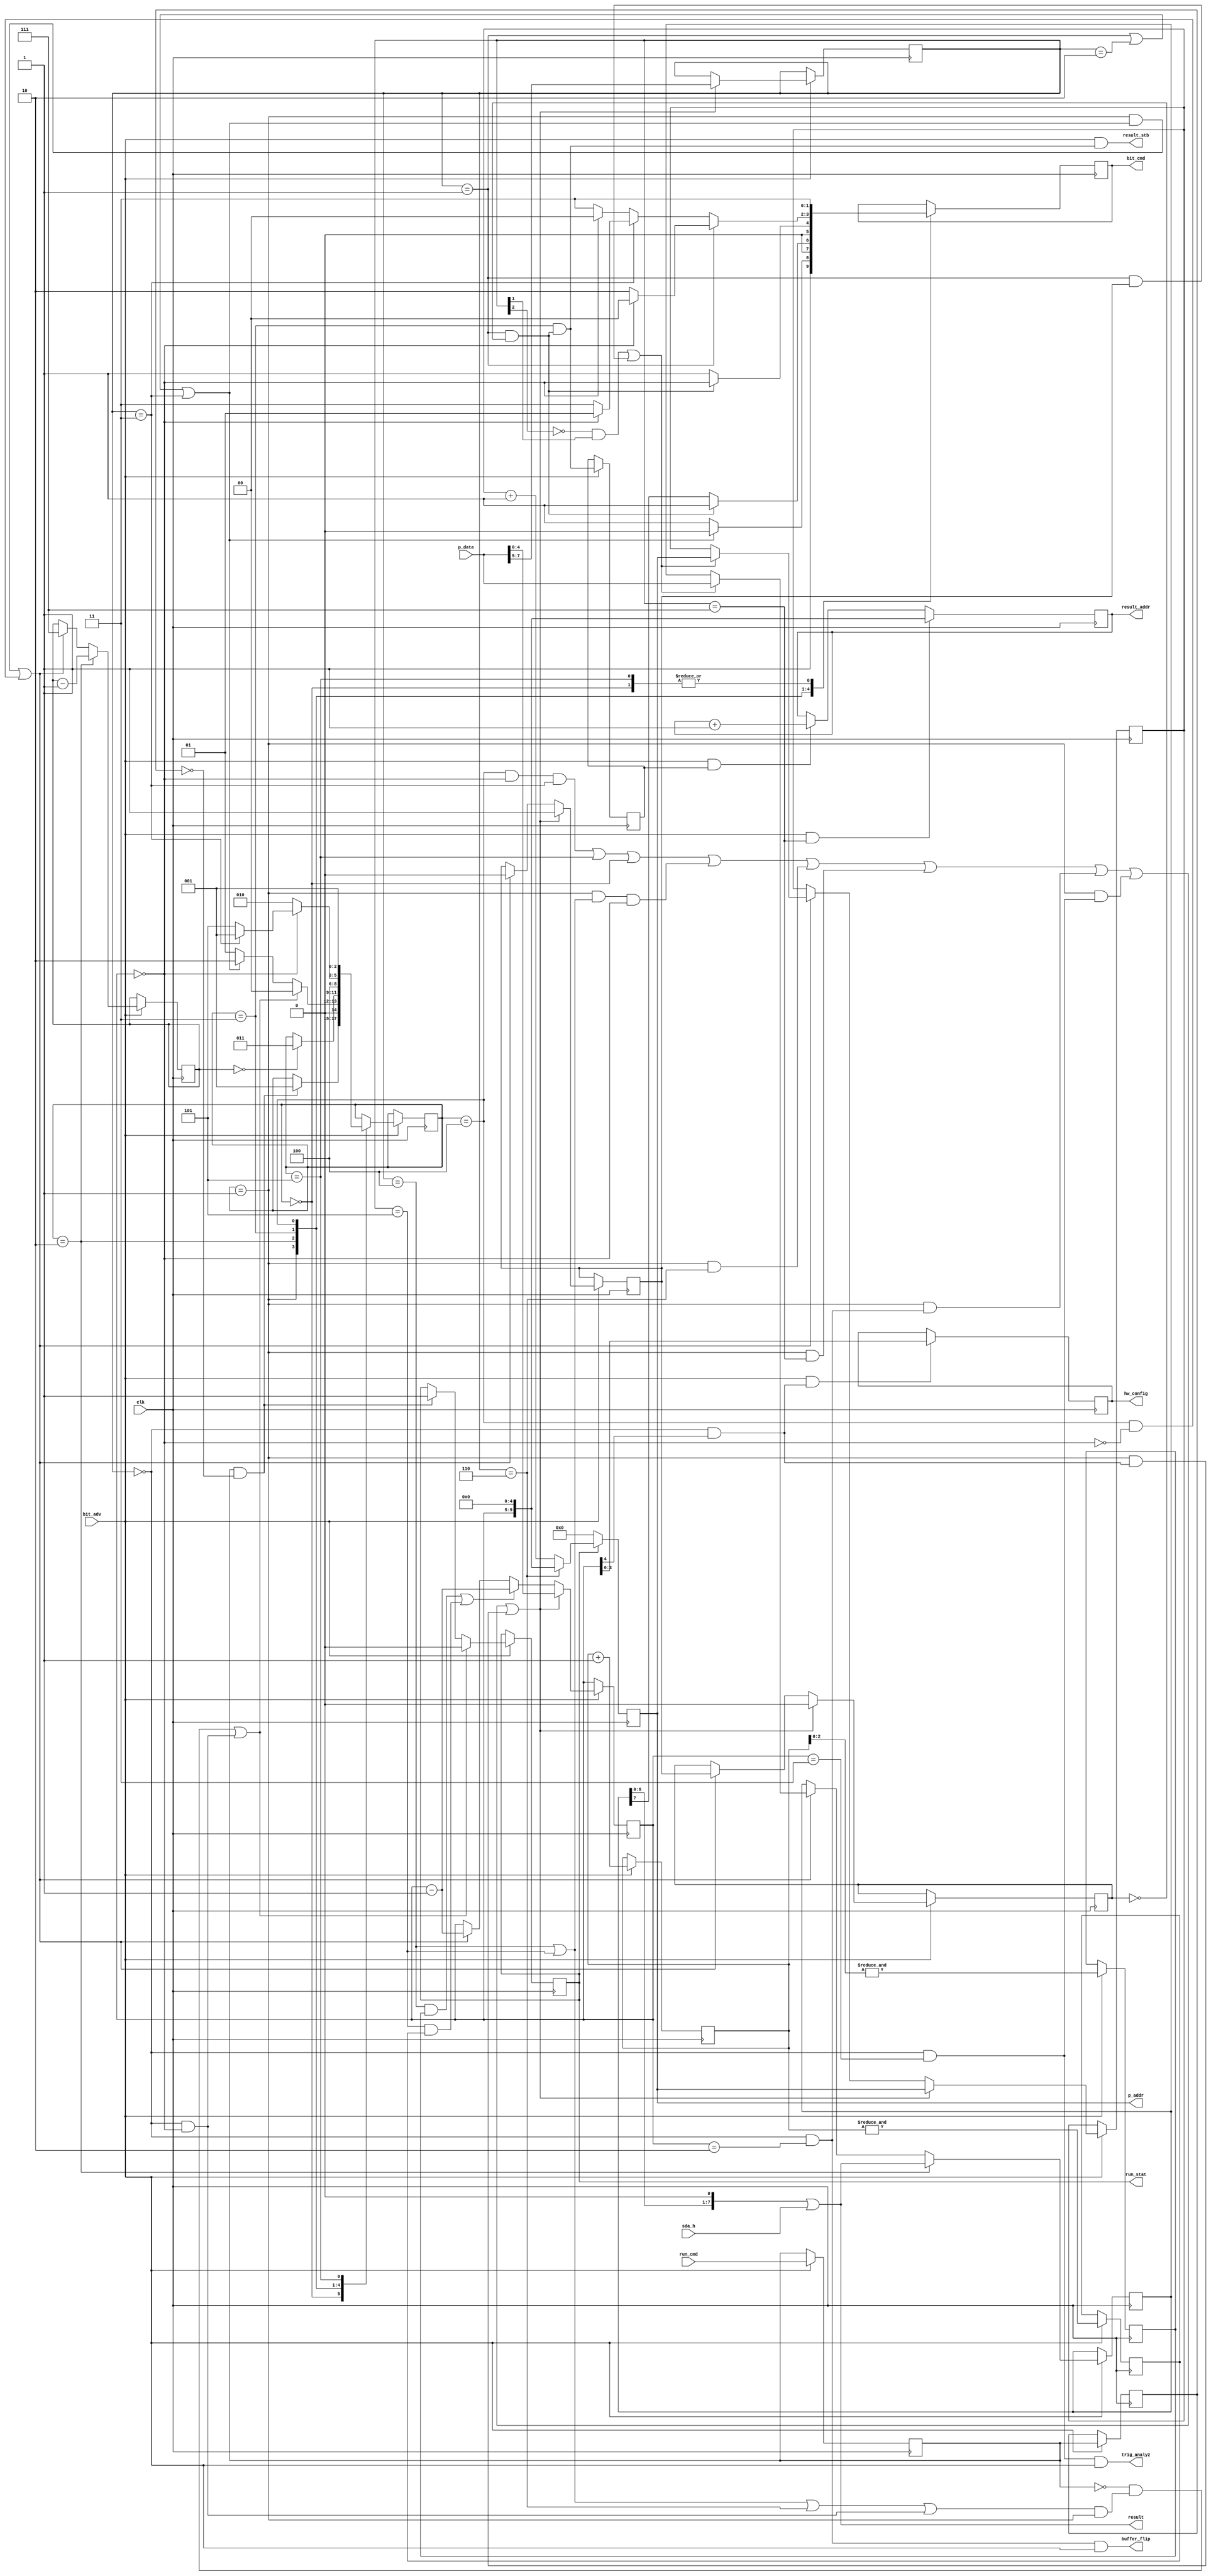
module i2c_prog(
	input clk,
	// attachment to i2c_bit
	output [1:0] bit_cmd,
	input bit_adv,
	input sda_h,
	// attachment to program memory
	output [9:0] p_addr,
	input [7:0] p_data,
	// Result port
	output [7:0] result,
	output [9:0] result_addr,
	output result_stb,
	// other control and status
	input run_cmd,
	output run_stat,
	output [3:0] hw_config,
	output buffer_flip,
	output trig_analyz
);

parameter q1 = 2;  // o_p1 ticks are 2^(q1+1) * bit_adv
parameter q2 = 7;  // o_p2 ticks are 2^(q2+1) * bit_adv

// Most fundamental state bit: are we running or not?
reg run_stat_r=0, run_cmd_d1=0, run_cmd_d2=0;
wire start_me_up = run_cmd_d1 & ~run_cmd_d2;
wire ok_to_stop, natural_stop;  // defined later
wire stop_now = ~run_cmd_d1 & ok_to_stop | natural_stop;
always @(posedge clk) if (bit_adv) begin
	run_cmd_d1 <= run_cmd;  // remove all doubt about clock domains
	run_cmd_d2 <= run_cmd_d1;
	if (start_me_up) run_stat_r <= 1;
	if (stop_now) run_stat_r <= 0;
end
assign run_stat = run_stat_r;

// State variable
reg [2:0] state=0;
localparam s_idle  = 0;
localparam s_start = 1;  // start bit for data transfer instructions, idle for others
localparam s_data  = 2;
localparam s_ack   = 3;
localparam s_pad   = 4;
localparam s_stop  = 5;

// Opcode and encoding
reg [2:0] opcode=0;
reg [4:0] stream_cnt=0;
wire o_oo = opcode==0;  // special functions, including sleep
wire o_rd = opcode==1;  // read
wire o_wr = opcode==2;  // write
wire o_wx = opcode==3;  // write followed by repeated start
wire o_p1 = opcode==4;  // pause (time quantum 1)
wire o_p2 = opcode==5;  // pause (time quantum 2)
wire o_jp = opcode==6;  // jump
wire o_sx = opcode==7;  // set result address

wire op_r = opcode==1;
wire op_w = ~opcode[2] & opcode[1];
wire op_xf = o_rd | o_wr | o_wx;
wire op_pw = o_p1 | o_p2;  // any pause command
wire op_zz = o_oo & (stream_cnt==0);  // sleep
wire op_bf = o_oo & (stream_cnt==2);  // buffer flip
wire op_ta = o_oo & (stream_cnt==3);  // trigger logic analyzer
wire op_hw = o_oo & (stream_cnt[4]);  // hardware config
wire op_ia = op_pw | o_jp | op_zz;  // any interrupt-able command

// Base state machine
wire bit_end, stream_end;
always @(posedge clk) if (bit_adv) case(state)
	s_idle:  if (start_me_up) state <= s_start;
	s_start: state <= stop_now ? s_idle : op_xf ? s_data : s_start;
	s_data:  if (bit_end) state <= s_ack;
	s_ack:   state <= s_pad;
	s_pad:   if (stream_end) state <= o_wx ? s_start : s_stop; else state <= s_data;
	s_stop:  state <= s_start;
endcase
//
assign ok_to_stop = op_ia & (state==s_start);
//assign natural_stop = op_zz & (state==s_idle);
//assign natural_stop = op_zz & next_op;
assign natural_stop = op_zz;


// Manipulate secondary state, notably bit_cnt, opcode, and stream_cnt
reg [2:0] bit_cnt=0;
assign bit_end = bit_cnt == 0;
assign stream_end = stream_cnt == 0;
reg stream0=0, stream1=0;
wire rd_cycle = o_rd & ~stream1;
wire wr_cycle = op_w | (o_rd & stream1);  // during data transfers
wire wr_cycle0 = op_w | (o_rd & stream0);  // during initial start pulse
reg [9:0] pc=0;  // program counter
reg [7:0] sr=0;  // data shift register
wire next_data =
	((state==s_start) & op_xf) |
	((state==s_pad) & ~stream_end);
wire next_op =
	((state==s_pad) &  stream_end & o_wx) |
	((state==s_stop)) |
	((state==s_idle)) |
	((state==s_start) & op_pw & stream_end) |
	((state==s_start) & o_jp) |
	((state==s_start) & o_sx) |
	((state==s_start) & op_bf) |
	((state==s_start) & op_ta) |
	((state==s_start) & op_hw);
wire [7:0] next_sr = (sr << 1) | sda_h;
reg [7:0] pause_cnt=0;
reg [9:0] next_pc=0;
reg pause1_tick=0, pause2_tick=0;
always @(posedge clk) if (bit_adv) begin
	pause_cnt <= pause_cnt+1;  // free-running
	pause1_tick <= &pause_cnt[q1:0];
	pause2_tick <= &pause_cnt[q2:0];
	if (next_data) begin
		bit_cnt <= 7;
		stream_cnt <= stream_cnt - 1;
		stream0 <= 0;
		stream1 <= stream0;
		if (wr_cycle0) begin
			sr <= p_data;
			pc <= next_pc;
		end
	end
	//if ((state==s_data) & ~bit_end) begin
	if (state==s_data) begin
		sr <= next_sr;
		bit_cnt <= bit_cnt - 1;
	end
	if (o_p1 & pause1_tick | o_p2 & pause2_tick) begin
		stream_cnt <= stream_cnt - 1;
	end
	if (next_op) begin
		opcode <= p_data[7:5];
		stream_cnt <= p_data[4:0];
		stream0 <= 1;
		stream1 <= 0;
		pc <= next_pc;
	end
end

// Special cases
reg [9:0] result_addr_r=0;
reg [3:0] hw_config_r=0;
reg result_incr_pend=0;
wire result_incr_sel = (state==s_ack) & rd_cycle;
always @(posedge clk) begin
	next_pc <= ~run_stat_r ? 10'b0 : o_jp ? {stream_cnt, 5'b0} : pc + 1;
	if (bit_adv) result_incr_pend <= result_incr_sel;
	if (bit_adv & result_incr_pend) result_addr_r <= result_addr + 1;
	if (bit_adv & o_sx) result_addr_r <= {stream_cnt, 5'b0};
	if (bit_adv & op_hw) hw_config_r <= stream_cnt[3:0];
end

// Decoder; see i2c_bit.v
//  bit_cmd semantics    0: Tx0   1: Tx1   2: L   3: H
wire data_bit = rd_cycle ? 1'b1 : sr[7];
wire ack_bit = rd_cycle ? stream_end : 1'b1;
wire [1:0] pad_wr = stream_end ? 2'b00 : 2'b11;
wire [1:0] pad_wx = stream_end ? 2'b01 : 2'b11;
wire [1:0] pad_rd = stream_end ? 2'b00 : 2'b10;
reg [1:0] bc;
always @(posedge clk) case(state)
	s_idle:  bc <= 2'b11;  // H
	s_start: bc <= op_xf ? 2'b10 : 2'b11;  // L or H
	s_data:  bc <= {1'b0, data_bit};
	s_ack:   bc <= {1'b0, ack_bit};
	s_pad:   bc <= o_rd ? pad_rd : o_wx ? pad_wx : pad_wr;
	s_stop:  bc <= 2'b11;  // H
endcase

assign p_addr = next_pc;
assign bit_cmd = bc;
assign result_stb = bit_adv & result_incr_sel;
assign result = next_sr;  // result_stb ? next_sr : 8'bx;
assign result_addr = result_addr_r;
assign buffer_flip = op_bf & bit_adv;
assign trig_analyz = op_ta & bit_adv;
assign hw_config = hw_config_r;

// Future additions?
//  Raw send (4)
//  Skip on interrupt
//  PDP-5 opcodes?
//    000  and  Logical AND
//    001  tad  Twos complement add
//    010  isz  Index and skip if zero
//    011  dca  Deposit and clear accumulator
//    100  jms  Jump to subroutine
//    101  jmp  Jump
//    110  iot  Input/output transfer
//    111  opr  Operate: rotate, clear, increment, conditional skip, halt

endmodule